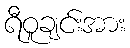
ရီဝူချင်းအား